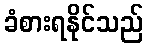
ခံစားရနိုင်သည်